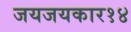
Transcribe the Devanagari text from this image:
जयजयकार१४